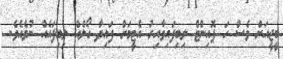
ބީޖީއަށް ވެސް ހަ ޕޮއިންޓް ލިބިފައިވާއިރު އެޓީމަށް ފައިދާ ގޯލެއް ލިބިފައެއް ނުވެއެވެ.